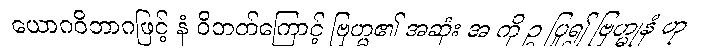
ယောဂဝိဘာဂဖြင့် နံ ဝိဘတ်ကြောင့် ဗြဟ္မ၏ အဆုံး အ ကို ဥ ပြု၍ ဗြဟ္မုနံ ဟု